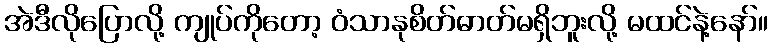
အဲဒီလိုပြောလို့ ကျုပ်ကိုတော့ ဝံသာနုစိတ်ဓာတ်မရှိဘူးလို့ မထင်နဲ့နော်။